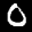
Digit: 0